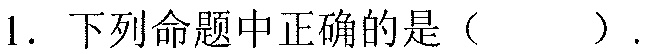
1. 下列命题中正确的是（  ）.